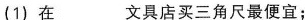
(1)在___文具店买三角尺最便宜；